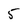
Character: 5